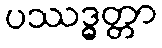
ပဿဒ္ဓတ္တာ